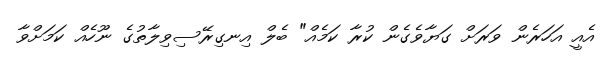
އެއީ އަހަރެން ވަރަށް ގަޔާވެގެން ކުރާ ކަމެއް" ބެލް އިނގިރޭސިވިލާތުގެ ނޫހެއް ކަމަށްވާ